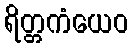
ရိတ္တကံယေဝ